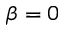
\beta = 0